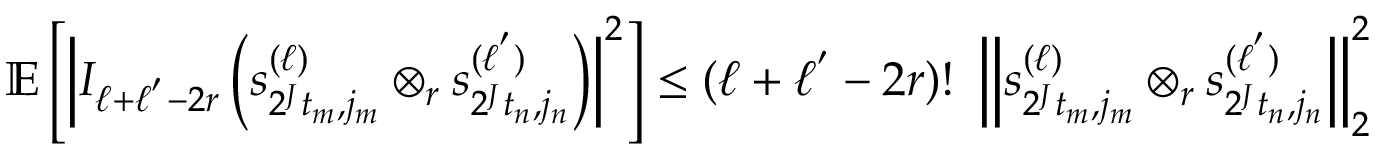
\begin{array} { r } { \mathbb { E } \left[ \left| I _ { \ell + \ell ^ { ' } - 2 r } \left( s _ { 2 ^ { J } t _ { m } , j _ { m } } ^ { ( \ell ) } \otimes _ { r } s _ { 2 ^ { J } t _ { n } , j _ { n } } ^ { ( \ell ^ { ' } ) } \right) \right| ^ { 2 } \right] \leq ( \ell + \ell ^ { ' } - 2 r ) ! \ \left\| s _ { 2 ^ { J } t _ { m } , j _ { m } } ^ { ( \ell ) } \otimes _ { r } s _ { 2 ^ { J } t _ { n } , j _ { n } } ^ { ( \ell ^ { ' } ) } \right\| _ { 2 } ^ { 2 } } \end{array}